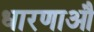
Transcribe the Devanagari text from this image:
धारणाऔ